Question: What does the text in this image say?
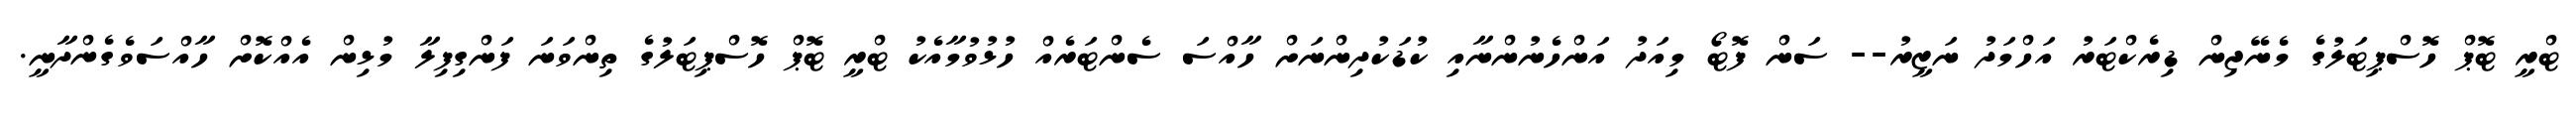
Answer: ޓްރީ ޓޮޕް ހޮސްޕިޓަލުގެ މެނޭޖިން ޑިރެކްޓަރު އަހްމަދު ނަޒީރު-- ސަން ފޮޓޯ މިއަދު އަންހެނުންނާއި ކުޑަކުދިންނަށް ހާއްސަ ސެންޓަރެއް ހުޅުވުމާއެކު ޓްރީ ޓޮޕް ހޮސްޕިޓަލުގެ ތިންވަނަ ފަންގިފިލާ މުޅިން އެއްކޮށް ހާއްސަވެގެންދާނީ.